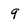
Character: 9